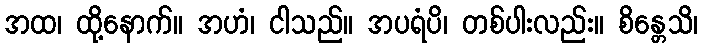
အထ၊ ထို့နောက်။ အဟံ၊ ငါသည်။ အပရံပိ၊ တစ်ပါးလည်း။ စိန္တေသိ၊